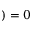
) = 0